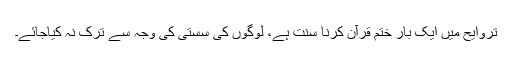
تروایح میں ایک بار ختم قرآن کرنا سنت ہے، لوگوں کی سستی کی وجہ سے ترک نہ کیاجائے۔